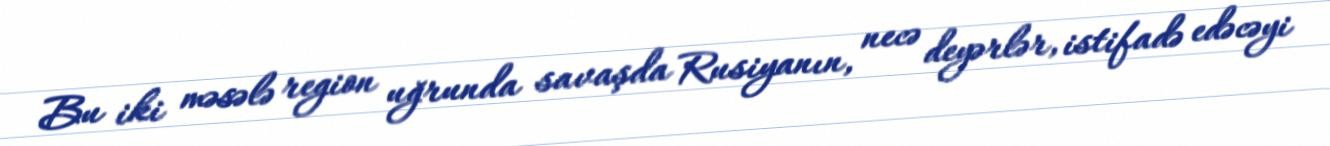
Bu iki məsələ region uğrunda savaşda Rusiyanın, necə deyərlər, istifadə edəcəyi